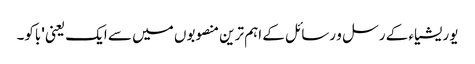
یوریشیاء کے رسل و رسائل کے اہم ترین منصوبوں میں سے ایک یعنی 'باکو۔